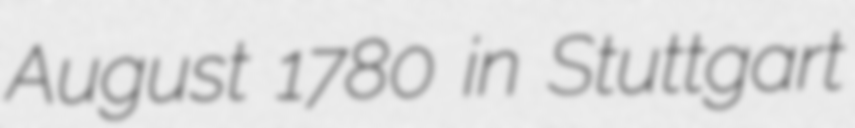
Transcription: August 1780 in Stuttgart